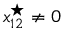
x _ { 1 2 } ^ { \star } \neq 0